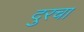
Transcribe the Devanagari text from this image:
दुरचा